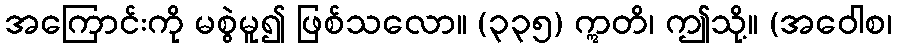
အကြောင်းကို မစွဲမူ၍ ဖြစ်သလော။ (၃၃၅) ဣတိ၊ ဤသို့။ (အဝေါစ၊